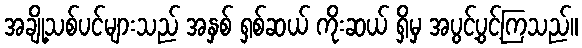
အချို့သစ်ပင်များသည် အနှစ် ရှစ်ဆယ် ကိုးဆယ် ရှိမှ အပွင့်ပွင့်ကြသည်။